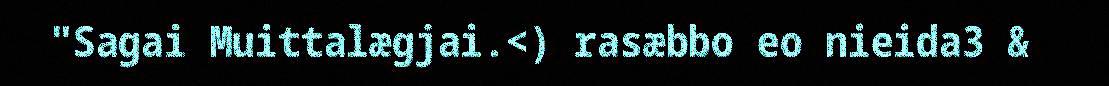
"Sagai Muittalægjai.<) rasæbbo eo nieida3 &